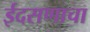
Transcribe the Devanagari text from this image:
ईदसणाचा